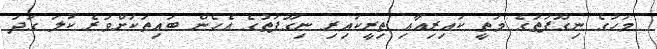
މަހުގެ ނިގޫފަތުގެ މަތީ ކައިރިއާއި ތިރީކައިރި ނިގޫފަތުގެ އެހެން ބައިތަކަށްވުރެ ކުލަ ގަދަ